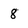
Character: 8